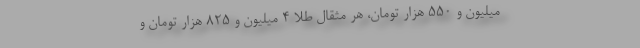
میلیون و 550 هزار تومان، هر مثقال طلا 4 میلیون و 825 هزار تومان و